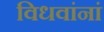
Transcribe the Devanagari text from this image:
विधवांनां